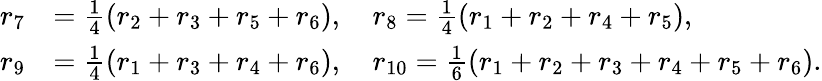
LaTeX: \begin{array}{rl}{r_{7}}&{=\frac{1}{4}(r_{2}+r_{3}+r_{5}+r_{6}),\quad r_{8}=\frac{1}{4}(r_{1}+r_{2}+r_{4}+r_{5}),}\\ {r_{9}}&{=\frac{1}{4}(r_{1}+r_{3}+r_{4}+r_{6}),\quad r_{10}=\frac{1}{6}\left(r_{1}+r_{2}+r_{3}+r_{4}+r_{5}+r_{6}\right).}\end{array}